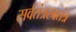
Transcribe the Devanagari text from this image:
सर्वतंत्रस्वतंत्र